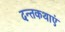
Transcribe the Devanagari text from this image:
दन्तकथाएं